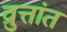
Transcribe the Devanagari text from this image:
व्रुत्तांत